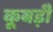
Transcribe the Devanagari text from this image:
कूबड़ी